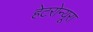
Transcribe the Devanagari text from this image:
हेटरोन्यूरा